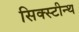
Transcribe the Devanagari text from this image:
सिक्स्टीन्थ